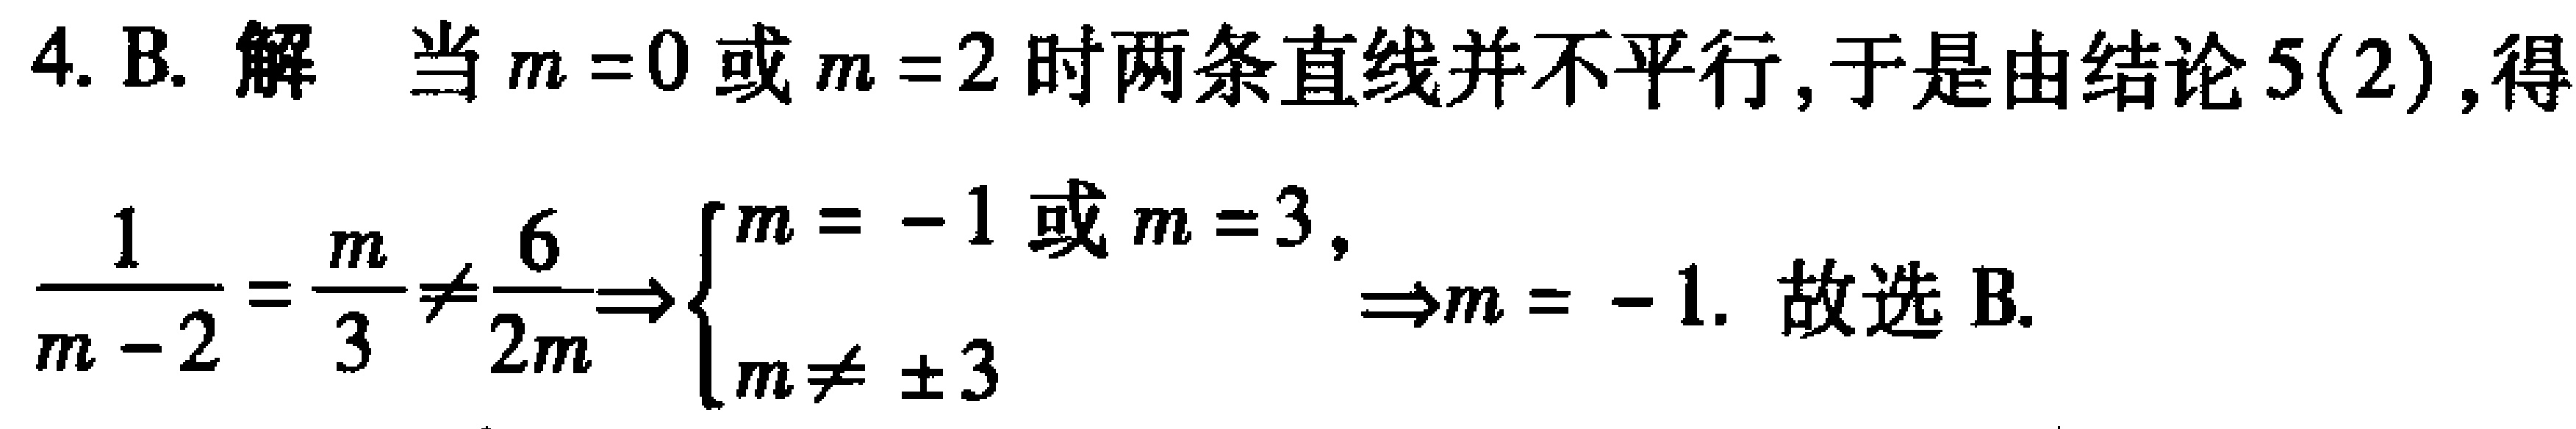
4. B. 解 当\(m = 0\)或\(m = 2\)时两条直线并不平行, 于是由结论5(2), 得
\(\frac{1}{m - 2}=\frac{m}{3}\neq\frac{6}{2m}\Rightarrow\begin{cases}m = - 1或m = 3,\\m\neq\pm3\end{cases}\Rightarrow m = - 1.\) 故选 B.